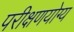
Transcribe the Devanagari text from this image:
परीक्षणयोग्य